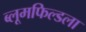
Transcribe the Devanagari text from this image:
ब्लूमफिल्डला